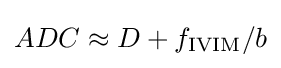
ADC\approx D+f_{\mathrm {IVIM} }/b